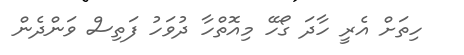
ހިތަށް އެރީ ހާދަ ގޯހޭ މިއޮތްހާ ދުވަހު ފަތިސް ވަންދެން